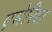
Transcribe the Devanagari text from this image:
एमेरिश